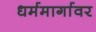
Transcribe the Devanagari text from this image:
धर्ममार्गावर